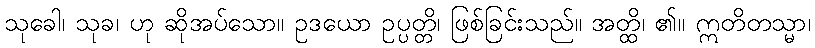
သုခေါ၊ သုခ၊ ဟု ဆိုအပ်သော။ ဥဒယော ဥပ္ပတ္တိ၊ ဖြစ်ခြင်းသည်။ အတ္ထိ၊ ၏။ ဣတိတသ္မာ၊